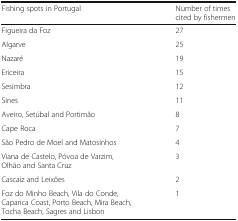
<table><thead><tr><td><b>Fishing spots in Portugal</b></td><td><b>Number of times cited by fishermen</b></td></tr></thead><tbody><tr><td>Figueira da Foz</td><td>27</td></tr><tr><td>Algarve</td><td>25</td></tr><tr><td>Nazaré</td><td>19</td></tr><tr><td>Ericeira</td><td>15</td></tr><tr><td>Sesimbra</td><td>12</td></tr><tr><td>Sines</td><td>11</td></tr><tr><td>Aveiro, Setúbal and Portimão</td><td>8</td></tr><tr><td>Cape Roca</td><td>7</td></tr><tr><td>São Pedro de Moel and Matosinhos</td><td>4</td></tr><tr><td>Viana de Castelo, Póvoa de Varzim, Olhão and Santa Cruz</td><td>3</td></tr><tr><td>Cascaiz and Leixões</td><td>2</td></tr><tr><td>Foz do Minho Beach, Vila do Conde, Caparica Coast, Porto Beach, Mira Beach, Tocha Beach, Sagres and Lisbon</td><td>1</td></tr></tbody></table>